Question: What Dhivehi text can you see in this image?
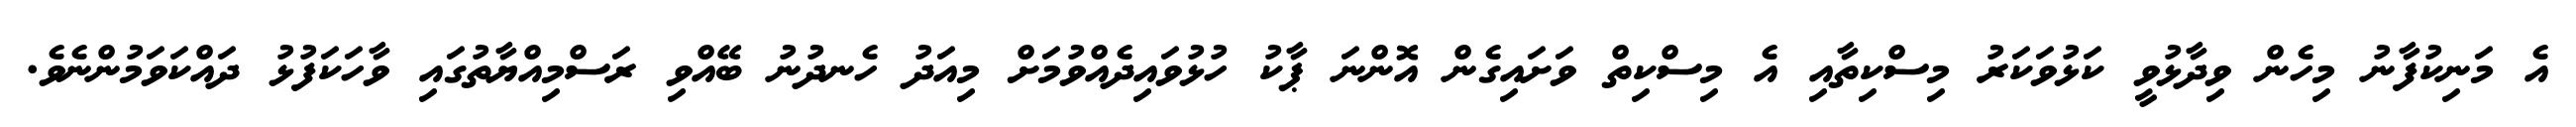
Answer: އެ މަނިކުފާނު މިހެން ވިދާޅުވީ ކަޅުވަކަރު މިސްކިތާއި އެ މިސްކިތް ވަށައިގެން އޮންނަ ޕާކު ހުޅުވައިދެއްވުމަށް މިއަދު ހެނދުނު ބޭއްވި ރަސްމިއްޔާތުގައި ވާހަކަފުޅު ދައްކަވަމުންނެވެ.